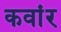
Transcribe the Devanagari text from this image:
कवांर